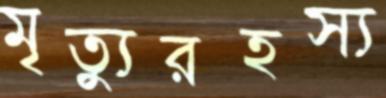
মৃত্যুরহস্য